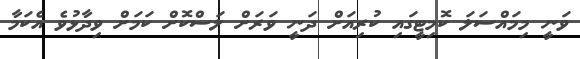
ވަނީ މިމައްސަލަ ކޮމިޓީގައި ކުރިއަށް ދަނީ ވަރަށް ލަސްކޮށް ކަމަށް ވިދާޅުވެ އެކަމާ